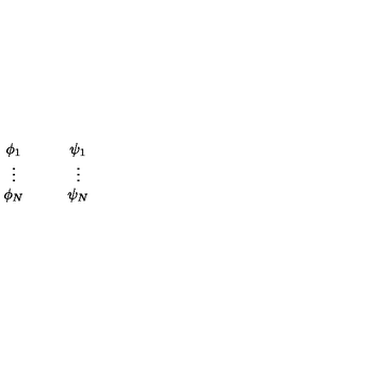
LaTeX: \begin{array} { c c c c } { \phi _ { 1 } } & { } & { } & { \psi _ { 1 } } \\ { \vdots } & { } & { } & { \vdots } \\ { \phi _ { N } } & { } & { } & { \psi _ { N } } \\ \end{array}